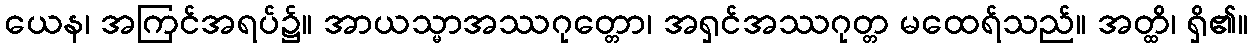
ယေန၊ အကြင်အရပ်၌။ အာယသ္မာအဿဂုတ္တော၊ အရှင်အဿဂုတ္တ မထေရ်သည်။ အတ္ထိ၊ ရှိ၏။